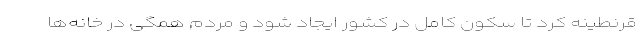
قرنطینه کرد تا سکون کامل در کشور ایجاد شود و مردم همگی در خانه‌ها